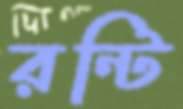
রন্টি